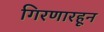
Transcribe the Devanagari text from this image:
गिरणारहून